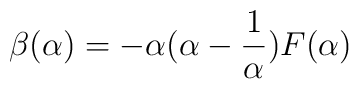
\beta(\alpha) = - \alpha (\alpha - \frac{1}{\alpha}) F(\alpha)